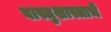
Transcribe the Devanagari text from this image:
वास्तुशास्त्राचे